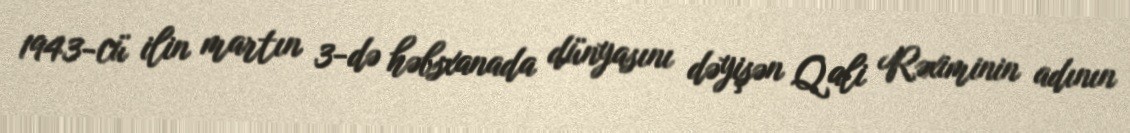
1943-cü ilin martın 3-də həbsxanada dünyasını dəyişən Qali Rəximinin adının